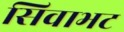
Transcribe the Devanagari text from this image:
सिवाभट